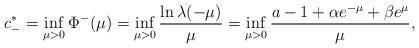
LaTeX: \begin{align*}c^*_-=\inf_{\mu>0}\Phi^-(\mu)=\inf_{\mu>0}\frac{\ln \lambda(-\mu)}{\mu}=\inf_{\mu>0}\frac{a-1+\alpha e^{-\mu}+\beta e^{\mu}}{\mu},\end{align*}